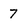
Character: 7